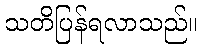
သတိပြန်ရလာသည်။